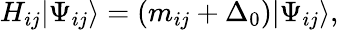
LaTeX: H_{ij}|\Psi_{ij}\rangle=(m_{ij}+\Delta_{0})|\Psi_{ij}\rangle,